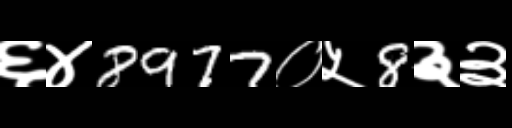
Text: ६४8977०५8३३